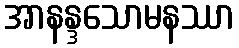
အာနန္ဒသောမနဿာ